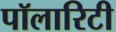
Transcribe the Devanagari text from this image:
पॉलारिटी